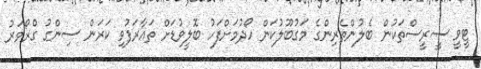
ޓީވީ ސީރީސްތަކުން ބެލުންތެރިންގެ މަގުބޫލުކަން ހޯދުމަށްފަހު ބޮލީވުޑަށް ތައާރަފުވި ކަރަން ސިންގު ގްރޯވަރު